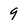
Character: 9